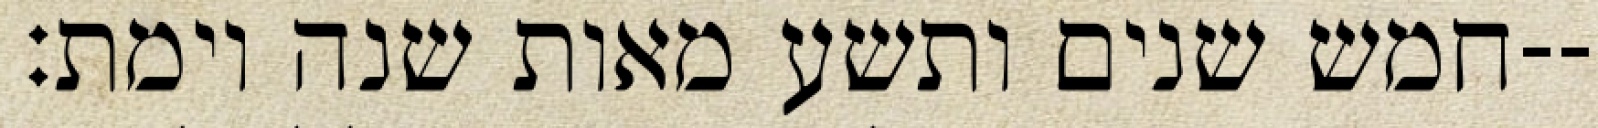
חמש שנים ותשע מאות שנה וימת׃--